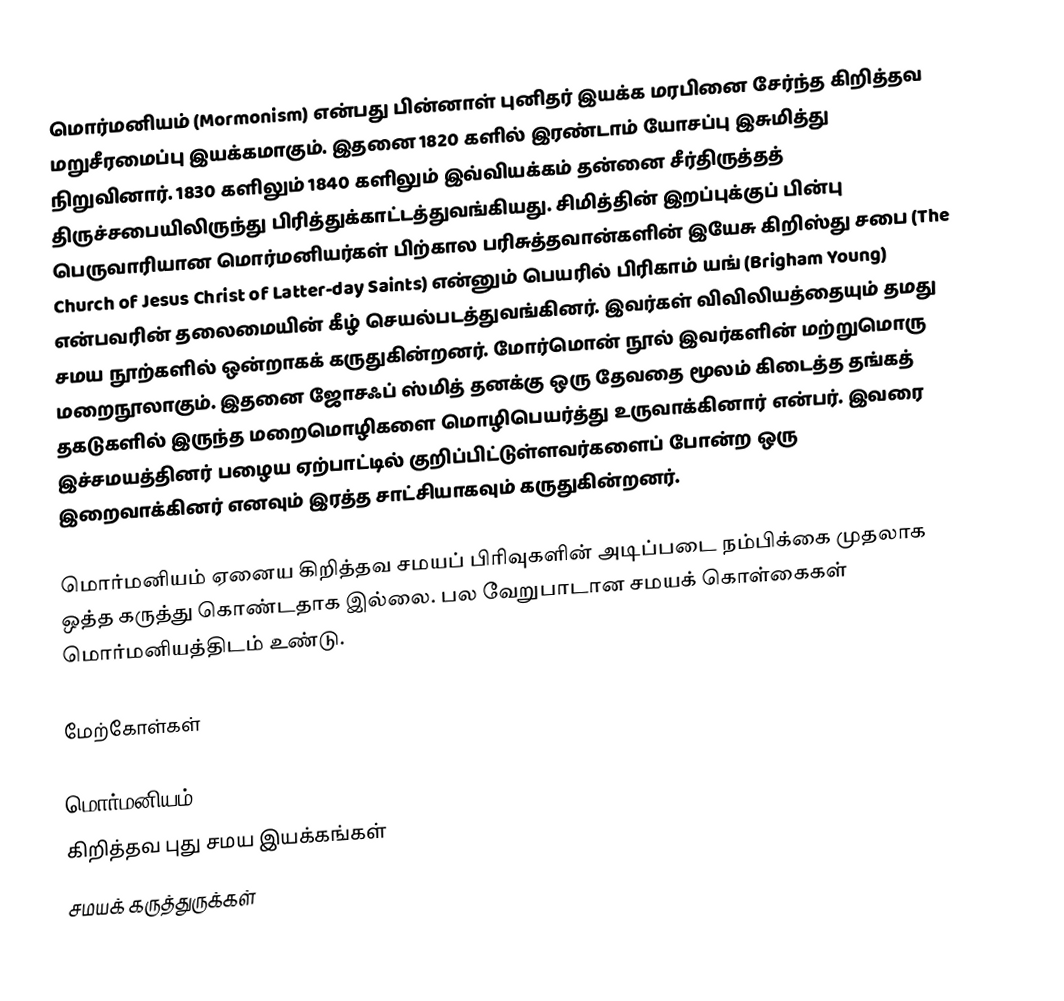
மொர்மனியம் (Mormonism) என்பது பின்னாள் புனிதர் இயக்க மரபினை சேர்ந்த கிறித்தவ மறுசீரமைப்பு இயக்கமாகும். இதனை 1820 களில் இரண்டாம் யோசப்பு இசுமித்து நிறுவினார். 1830 களிலும் 1840 களிலும் இவ்வியக்கம் தன்னை சீர்திருத்தத் திருச்சபையிலிருந்து பிரித்துக்காட்டத்துவங்கியது. சிமித்தின் இறப்புக்குப் பின்பு பெருவாரியான மொர்மனியர்கள் பிற்கால பரிசுத்தவான்களின் இயேசு கிறிஸ்து சபை (The Church of Jesus Christ of Latter-day Saints) என்னும் பெயரில் பிரிகாம் யங் (Brigham Young) என்பவரின் தலைமையின் கீழ் செயல்படத்துவங்கினர். இவர்கள் விவிலியத்தையும் தமது சமய நூற்களில் ஒன்றாகக் கருதுகின்றனர். மோர்மொன் நூல் இவர்களின் மற்றுமொரு மறைநூலாகும். இதனை ஜோசஃப் ஸ்மித் தனக்கு ஒரு தேவதை மூலம் கிடைத்த தங்கத் தகடுகளில் இருந்த மறைமொழிகளை மொழிபெயர்த்து உருவாக்கினார் என்பர். இவரை இச்சமயத்தினர் பழைய ஏற்பாட்டில் குறிப்பிட்டுள்ளவர்களைப் போன்ற ஒரு இறைவாக்கினர் எனவும் இரத்த சாட்சியாகவும் கருதுகின்றனர்.

மொர்மனியம் ஏனைய கிறித்தவ சமயப் பிரிவுகளின் அடிப்படை நம்பிக்கை முதலாக ஒத்த கருத்து கொண்டதாக இல்லை. பல வேறுபாடான சமயக் கொள்கைகள் மொர்மனியத்திடம் உண்டு.

மேற்கோள்கள்

மொர்மனியம்
கிறித்தவ புது சமய இயக்கங்கள்
சமயக் கருத்துருக்கள்